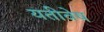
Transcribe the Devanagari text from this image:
यतीवेष